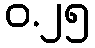
ဝ.၂၅